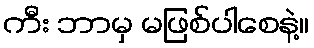
ကီး ဘာမှ မဖြစ်ပါစေနဲ့။